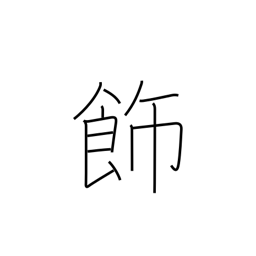
Meaning: adorn